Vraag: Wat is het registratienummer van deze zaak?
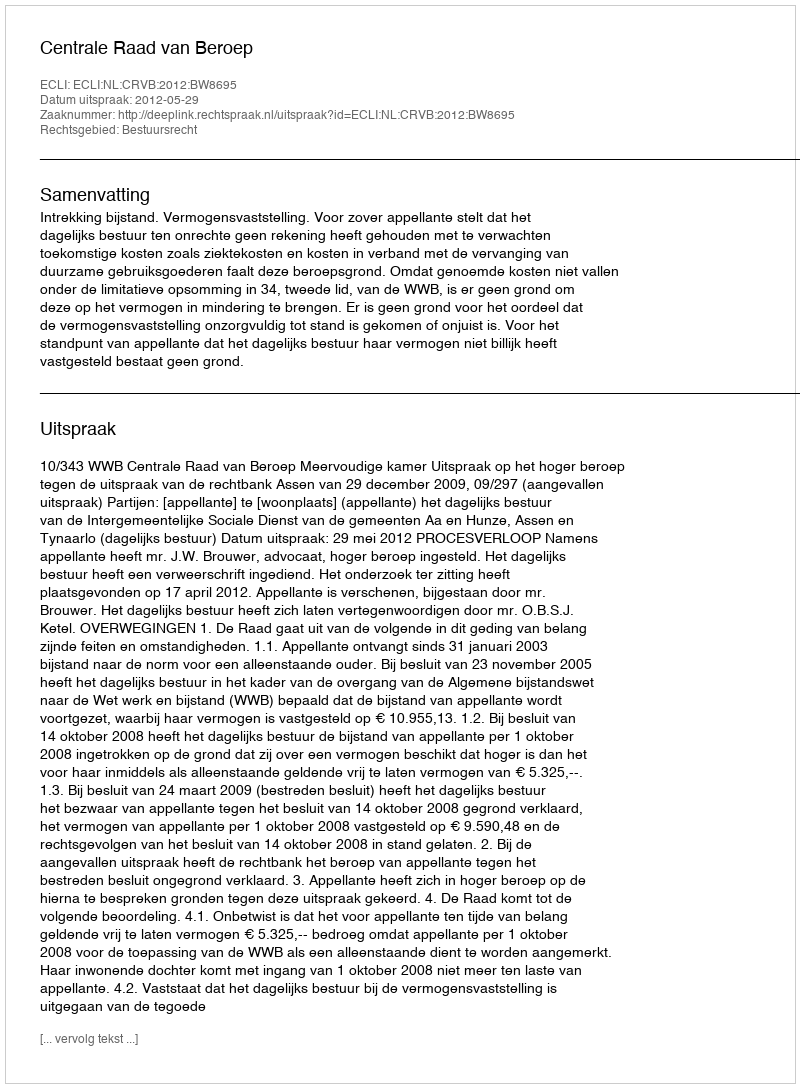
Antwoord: http://deeplink.rechtspraak.nl/uitspraak?id=ECLI:NL:CRVB:2012:BW8695